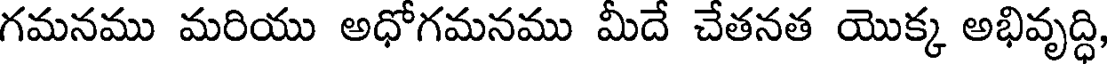
గమనము మరియు అధోగమనము మీదే చేతనత యొక్క అభివృద్ధి